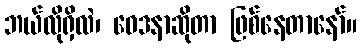
ဘယ်လိုရှိလဲ၊ ဝေဒနာဆိုတာ ဖြစ်နေတာနော်။